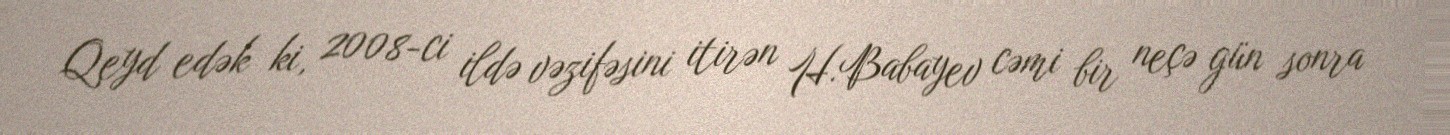
Qeyd edək ki, 2008-ci ildə vəzifəsini itirən H.Babayev cəmi bir neçə gün sonra